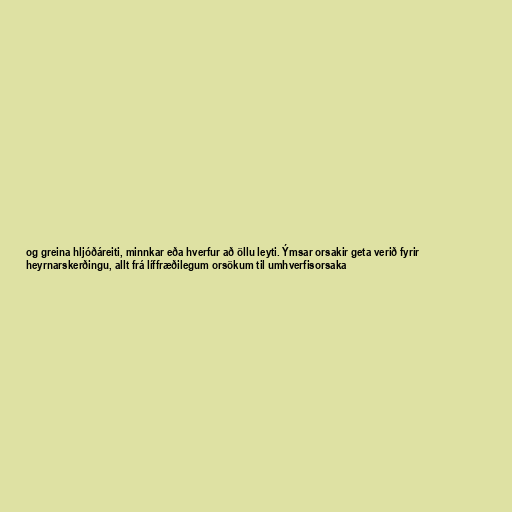
og greina hljóðáreiti, minnkar eða hverfur að öllu leyti. Ýmsar orsakir geta verið fyrir
heyrnarskerðingu, allt frá líffræðilegum orsökum til umhverfisorsaka